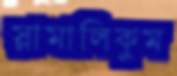
স্লামালিকুম